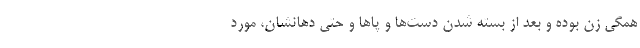
همگی زن بوده و بعد از بسته شدن دست‌ها و پا‌ها و حتی دهانشان، مورد